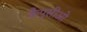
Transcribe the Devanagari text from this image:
कैपुसीओ